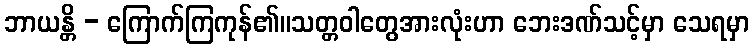
ဘာယန္တိ - ကြောက်ကြကုန်၏။သတ္တဝါတွေအားလုံးဟာ ဘေးဒဏ်သင့်မှာ သေရမှာ